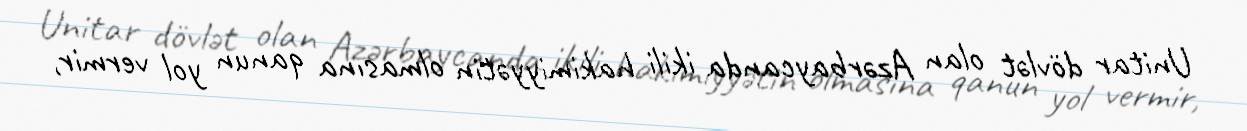
Unitar dövlət olan Azərbaycanda ikili hakimiyyətin olmasına qanun yol vermir,